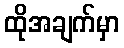
ထိုအချက်မှာ